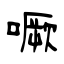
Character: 噘